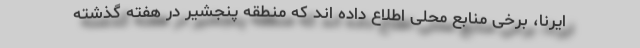
ایرنا، برخی منابع محلی اطلاع داده اند که منطقه پنجشیر در هفته گذشته